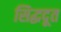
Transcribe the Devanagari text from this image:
सिद्धदूत